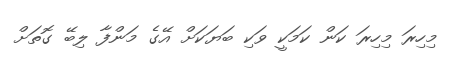
މިހިރަ މިހިރަ ކަން ކަމަކީ ވަކި ބަޔަކަށް އޭގެ މަންފާ ލިބޭ ގޮތަށް